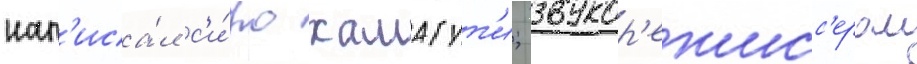
нап'иса́л с'и́ро хамагут'и; звукор'ежисс'ером